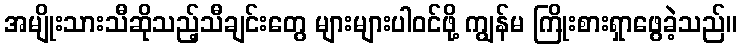
အမျိုးသားသီဆိုသည့်သီချင်းတွေ များများပါဝင်ဖို့ ကျွန်မ ကြိုးစားရှာဖွေခဲ့သည်။